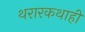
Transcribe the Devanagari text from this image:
थरारकथाही